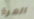
المرة